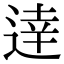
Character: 逹